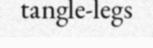
tangle-legs